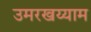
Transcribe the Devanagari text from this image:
उमरखय्याम